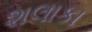
શલાકા